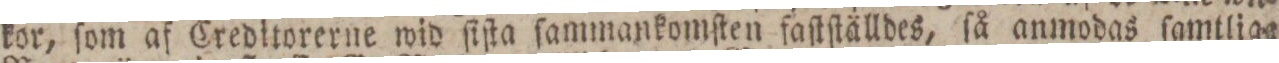
kor, ſom af Creditorerne wid ſiſta ſammankomſten faſtſtälldes, ſå anmodas ſamtlige